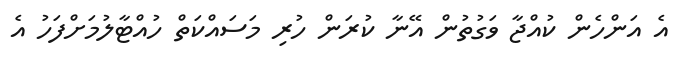
އެ އަންހެން ކުއްޖާ ވަގުތުން އޭނާ ކުރަން ހުރި މަސައްކަތް ހުއްޓާލުމަށްފަހު އެ